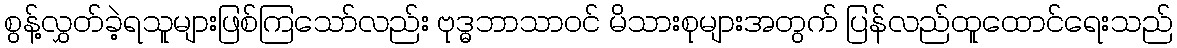
စွန့်လွှတ်ခဲ့ရသူများဖြစ်ကြသော်လည်း ဗုဒ္ဓဘာသာဝင် မိသားစုများအတွက် ပြန်လည်ထူထောင်ရေးသည်